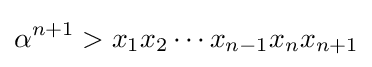
\alpha ^{n+1}>x_{1}x_{2}\cdots x_{n-1}x_{n}x_{n+1}